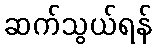
ဆက်သွယ်ရန်